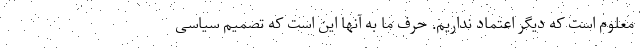
معلوم است که دیگر اعتماد نداریم. حرف ما به آنها این است که تصمیم سیاسی